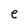
Character: e